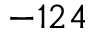
- 1 2 4